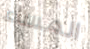
المساء